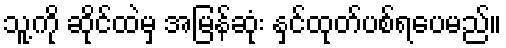
သူ့ကို ဆိုင်ထဲမှ အမြန်ဆုံး နှင်ထုတ်ပစ်ရပေမည်။